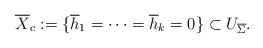
LaTeX: \begin{align*}\overline X_{c} := \{ \overline h_1 = \cdots = \overline h_k =0\} \subset U_{\overline\Sigma}.\end{align*}